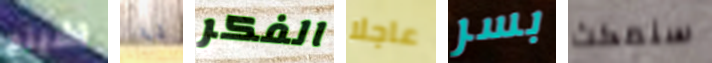
تشينج أنا الفكر عاجلا بسر سنمكث